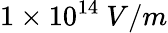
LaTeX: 1\times 10^{14}\ V/m